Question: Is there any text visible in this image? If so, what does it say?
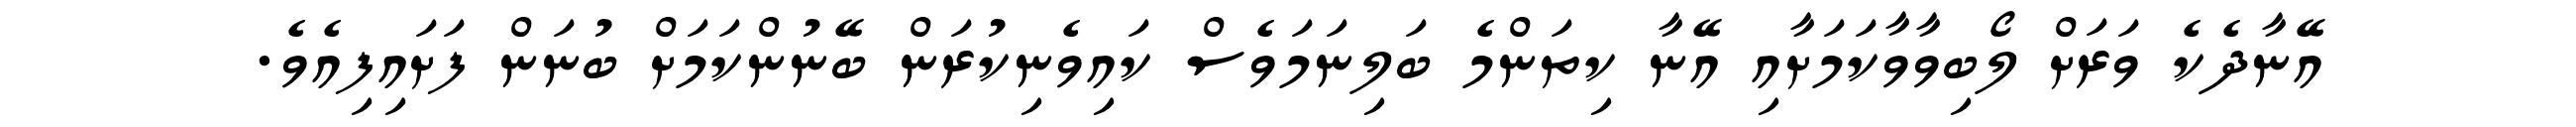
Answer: އޭނާދެކެ ވަރަށް ލޯބިވާވާކަމަށާއި އޭނާ ކިތަންމެ ބަލިނަމަވެސް ކައިވެނިކުރަން ބޭނުންކަމަށް ބުނަން ފަށައިފިއެވެ.